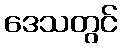
ဒေသတွင်